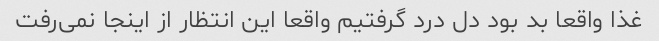
غذا واقعا بد بود دل درد گرفتیم واقعا این انتظار از اینجا نمی‌رفت